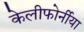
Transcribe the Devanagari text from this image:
केलीफोर्नीया